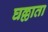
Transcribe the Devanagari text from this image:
घल्लाता